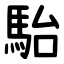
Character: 駘